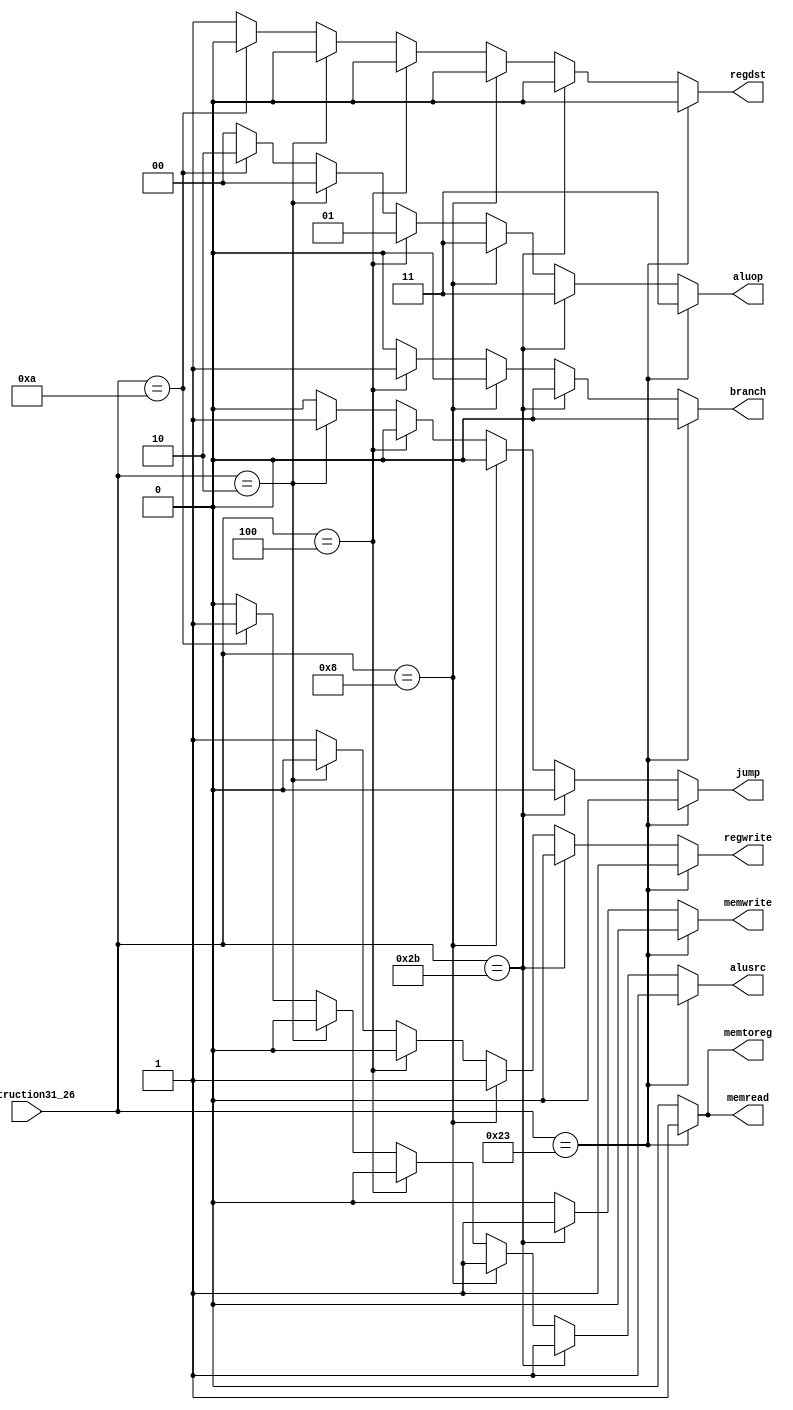
module ControlUnit(instruction31_26, regdst, jump, branch, memread, memtoreg, aluop, memwrite, alusrc, regwrite );
	input [5:0] instruction31_26;
	output reg regdst, jump, branch, memread, memtoreg, memwrite, alusrc, regwrite;
	output reg [1:0] aluop;
	always @(instruction31_26) begin
		
		if(instruction31_26 == 35) begin
				
				regdst <= 0;
				jump <= 0;
				branch <= 0;
				memread <= 1;
				memtoreg <= 1;
				memwrite <= 0;
				alusrc <= 1;
				regwrite <= 1;
				aluop <= 2'b11;
			end
			
			//sw
			else if(instruction31_26 == 43) begin
				regdst <= 0;
				alusrc <= 1;
				memtoreg <= 0;
				regwrite <= 0;
				memread <= 0;
				memwrite <= 1;
				branch <= 0;
				aluop <= 2'b11;
				jump <= 0;
			end
			
			//addi
			else if(instruction31_26 == 8) begin
				regdst <= 0;
				alusrc <= 1;
				memtoreg <= 0;
				regwrite <= 1;
				memread <= 0;
				memwrite <= 0;
				branch <= 0;
				aluop <= 2'b11;
				jump <= 0;
			end
			
			
			//beq
			else if(instruction31_26 == 4) begin
				regdst <= 0;
				alusrc <= 0;
				memtoreg <= 0;
				regwrite <= 0;
				memread <= 0;
				memwrite <= 0;
				branch <= 1;
				aluop <= 2'b01;
				jump <= 0;
			end
			
			
			//j
			else if(instruction31_26 == 2) begin
				regdst <= 0;
				alusrc <= 0;
				memtoreg <= 0;
				regwrite <= 0;
				memread <= 0;
				memwrite <= 0;
				branch <= 0;
				aluop <= 2'b00;
				jump <= 1;
			end
			
			
			//slti
			else if(instruction31_26 == 10) begin
				regdst <= 0;
				alusrc <= 1;
				memtoreg <= 0;
				regwrite <= 1;
				memread <= 0;
				memwrite <= 0;
				branch <= 0;
				aluop <= 2'b10;
				jump <= 0;
			end
			
			//R-type
			else begin
				regdst <= 1;
				alusrc <= 0;
				memtoreg <= 0;
				regwrite <= 1;
				memread <= 0;
				memwrite <= 0;
				branch <= 0;
				aluop <= 2'b00;
				jump <= 0;
			end
	end
	
endmodule